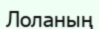
Лоланың